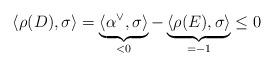
LaTeX: \begin{align*}\langle\rho(D),\sigma\rangle = \underbrace{\langle\alpha^\vee,\sigma\rangle}_{<0} - \underbrace{\langle\rho(E),\sigma\rangle}_{=-1} \leq 0\end{align*}